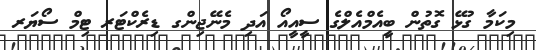
މިކަމާ ގުޅޭ ގޮތުން ބީއެމްއެލްގެ ސީއީއޯ އަދި މެނޭޖިންގ ޑިރެކްޓަރ ޓިމް ސޯޔަރ